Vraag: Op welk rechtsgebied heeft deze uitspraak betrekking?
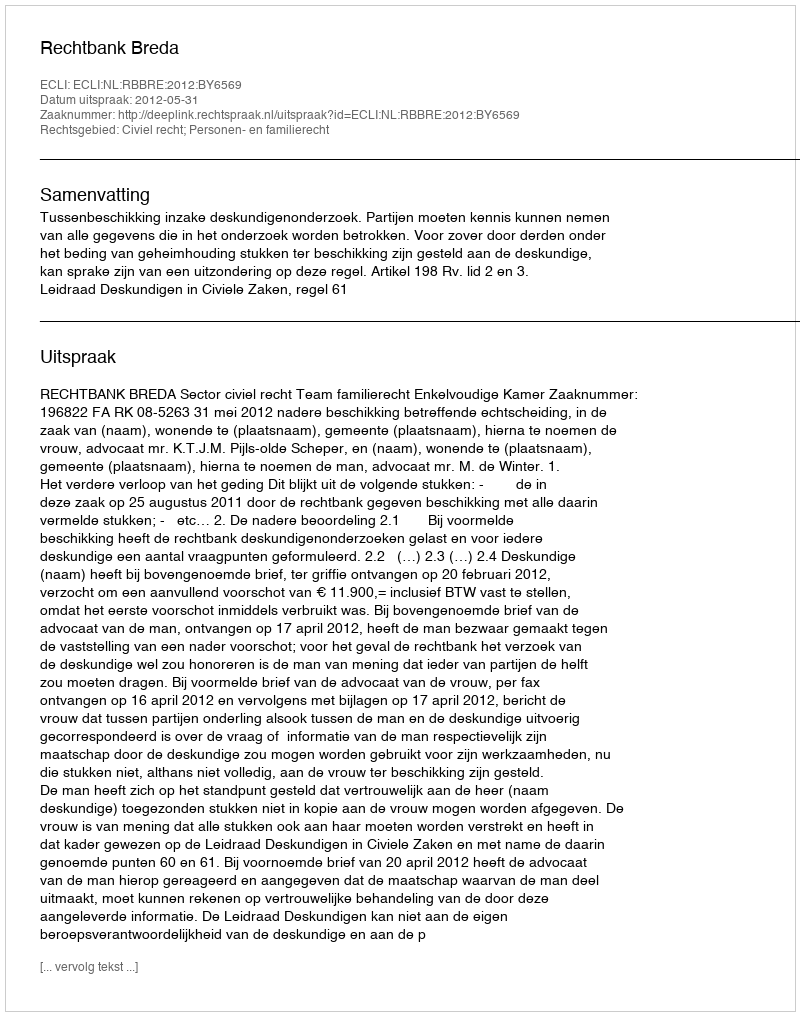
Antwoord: Civiel recht; Personen- en familierecht